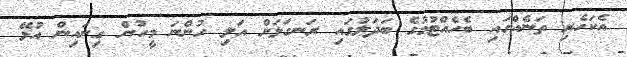
އެކަހެރި ތަނެއްގައި ބެހެއްޓުމުގެ ބަދަލުގައި ރަނގަޅަށް އަލި ހުންނަ މީހުން ގިނައިން އުޅޭ